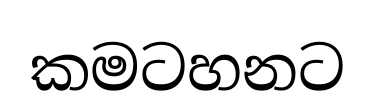
කමටහනට